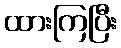
ထားကြပြီး